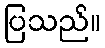
ပြသည်။